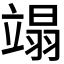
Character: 𫁩